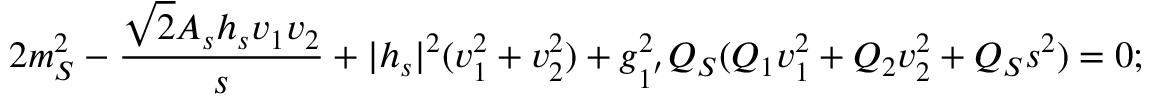
2 m _ { S } ^ { 2 } - \frac { \sqrt { 2 } A _ { s } h _ { s } v _ { 1 } v _ { 2 } } { s } + | h _ { s } | ^ { 2 } ( v _ { 1 } ^ { 2 } + v _ { 2 } ^ { 2 } ) + g _ { 1 ^ { ' } } ^ { 2 } Q _ { S } ( Q _ { 1 } v _ { 1 } ^ { 2 } + Q _ { 2 } v _ { 2 } ^ { 2 } + Q _ { S } s ^ { 2 } ) = 0 ;